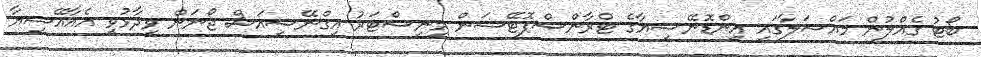
ބޯޓު ގެއްލުން މައްސަލާގައި އިންޑޮނޭޝިޔާގެ ޓްރާންސްޕޮޓޭޝަން މިނިސްޓަރު އިގްނޭސިއަސް ޖޯނަން ވިދާޅުވީ އެއާއޭޝިޔާ